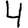
Digit: 4